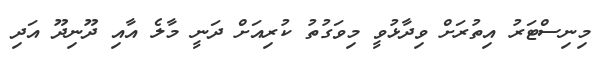
މިނިސްޓަރު އިތުރަށް ވިދާޅުވީ މިވަގުތު ކުރިއަށް ދަނީ މާލެ އާއި ދޫނިދޫ އަދި